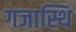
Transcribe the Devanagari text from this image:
गजास्थि